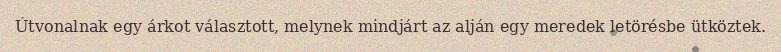
Útvonalnak egy árkot választott, melynek mindjárt az alján egy meredek letörésbe ütköztek.